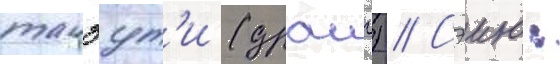
такэут'и (драиг) // Сэию: